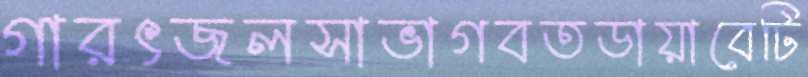
গারৎজলসাভাগবতডায়াবেটি